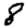
Digit: 8